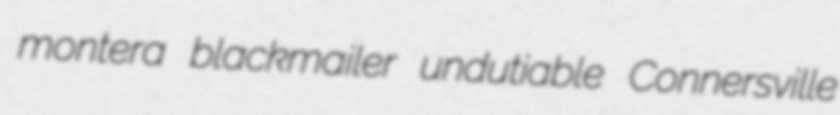
montera blackmailer undutiable Connersville